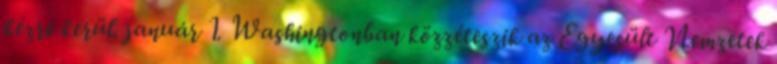
kézre kerül. január 1. Washingtonban közzéteszik az Egyesült Nemzetek